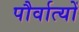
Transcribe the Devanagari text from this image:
पौर्वात्यों